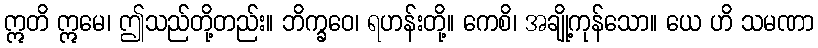
ဣတိ ဣမေ၊ ဤသည်တို့တည်း။ ဘိက္ခဝေ၊ ရဟန်းတို့။ ကေစိ၊ အချို့ကုန်သော။ ယေ ဟိ သမဏာ